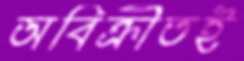
অবিক্রীতই